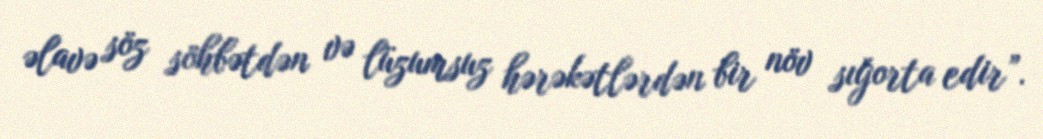
əlavə söz söhbətdən və lüzumsuz hərəkətlərdən bir növ sığorta edir”.